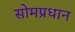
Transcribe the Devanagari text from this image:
सोमप्रधान